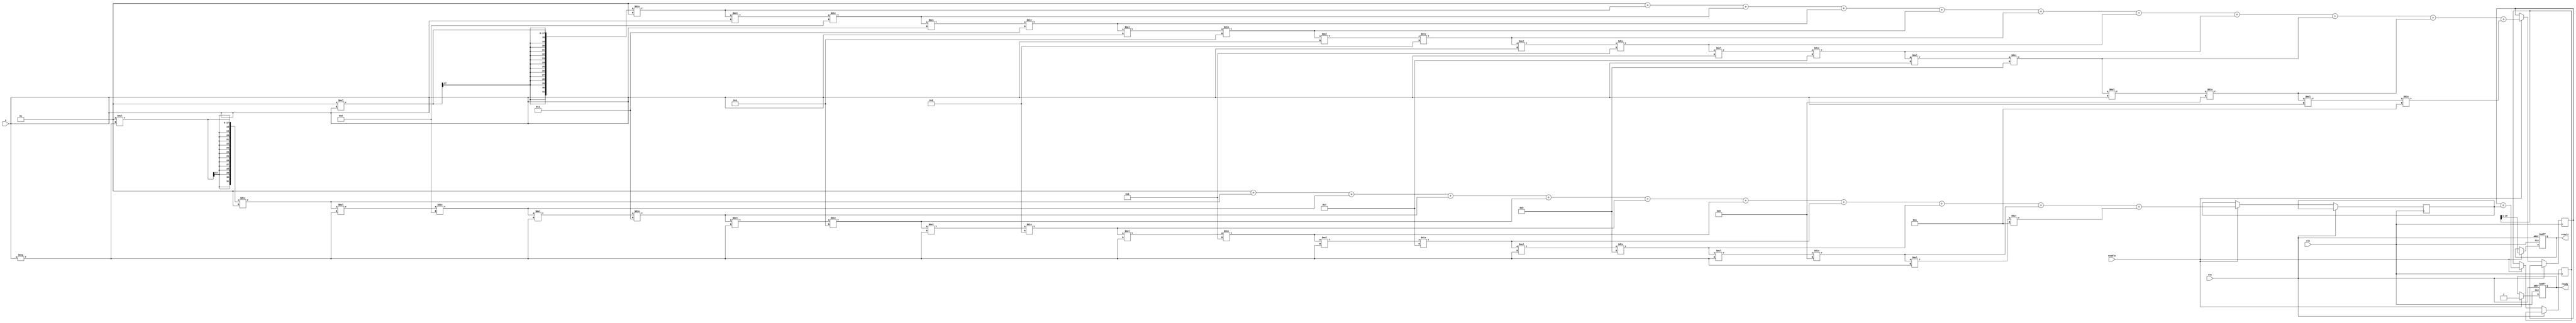
module cosh_block (
    input wire clk,
    input wire rst,
    input wire enable,
    input wire signed [15:0] x, // 16-bit input
    output reg signed [15:0] result, // 16-bit output for cosh(x)
    output reg ready // Signal that indicates that result is ready
);
    reg signed [31:0] exp_x; // 32-bit for e^x
    reg signed [31:0] exp_neg_x; // 32-bit for e^(-x)
    reg signed [31:0] sum_exp; // Sum of e^x and e^(-x)

    // Taylor series expansion for e^x: e^x  1 + x + x^2/2! + x^3/3! + ... (up to a few terms)
    function signed [31:0] exp_taylor;
        input signed [15:0] x;
        reg signed [31:0] result_exp;
        reg signed [31:0] term;
        integer i;

        begin
            result_exp = 32'h00000001; // 1 (for e^0)
            term = 32'h00000001; // Initialize term (1)
            
            for (i = 1; i <= 10; i = i + 1) begin
                term = (term * x) / i; // Calculate x^i / i!
                result_exp = result_exp + term; // Add term to result
            end
            
            exp_taylor = result_exp;
        end
    endfunction

    always @(posedge clk or posedge rst) begin
        if (rst) begin
            result <= 0;
            ready <= 0;
        end else if (enable) begin
            // Calculate e^x and e^(-x)
            exp_x <= exp_taylor(x);
            exp_neg_x <= exp_taylor(-x);
            sum_exp <= exp_x + exp_neg_x;

            // Scale the result by 1/2
            result <= sum_exp >> 1; // Divide by 2 by right shifting
            ready <= 1; // Indicate result is ready
        end
    end
endmodule